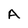
Character: A